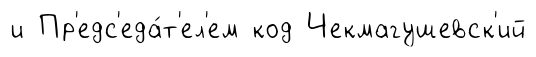
и Пр'едс'еда́т'ел'ем код Чекмагушевск'ий